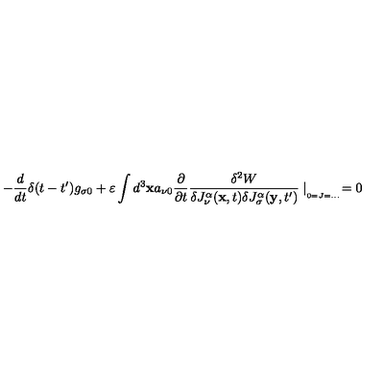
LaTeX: - \frac { d } { d t } \delta ( t - t ^ { \prime } ) g _ { \sigma 0 } + \varepsilon \int d ^ { 3 } \mathbf { x } a _ { \nu 0 } \frac { \partial } { \partial t } \frac { \delta ^ { 2 } W } { \delta J _ { \nu } ^ { \alpha } ( \mathbf { x } , t ) \delta J _ { \sigma } ^ { \alpha } ( \mathbf { y } , t ^ { \prime } ) } \mid _ { _ { _ { 0 = J = . . . } } } = 0